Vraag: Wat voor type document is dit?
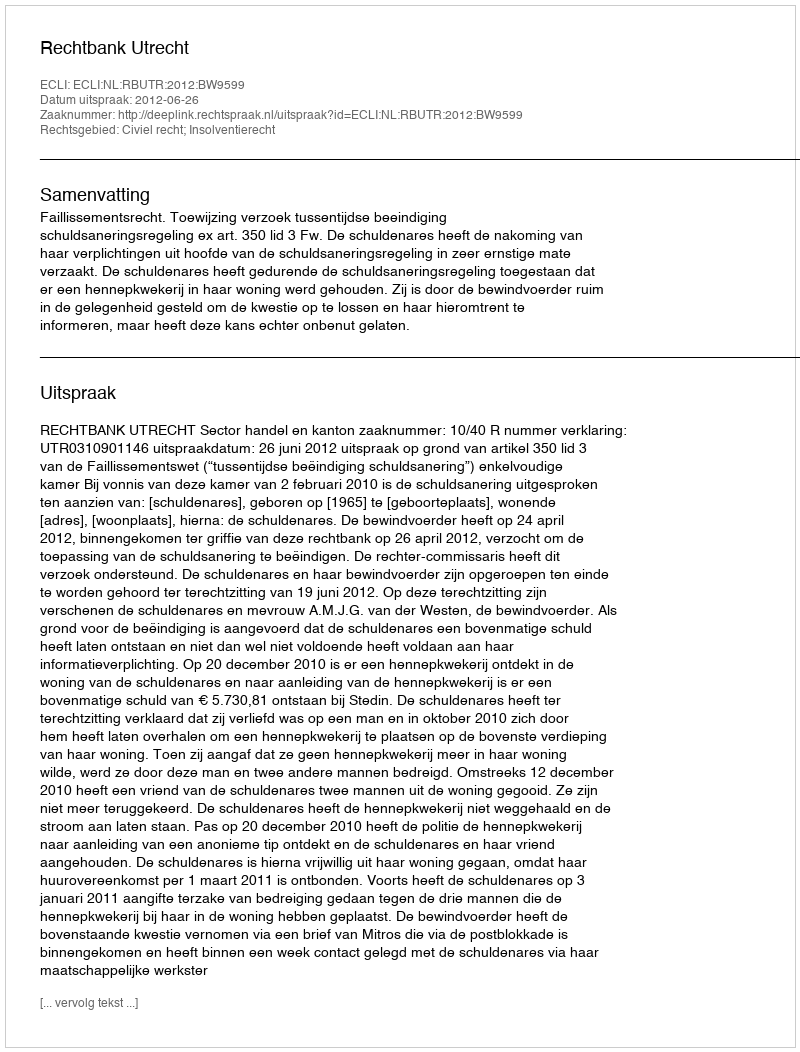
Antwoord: Uitspraak